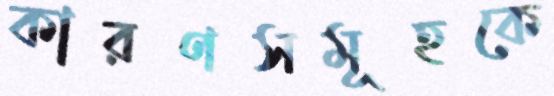
কারণসমূহকে